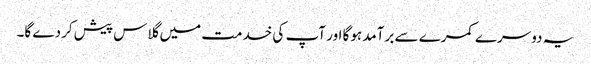
یہ دوسرے کمرے سے برآمد ہوگا اور آپ کی خدمت میں گلاس پیش کردے گا۔